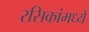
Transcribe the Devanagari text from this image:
रसिकांमध्ये